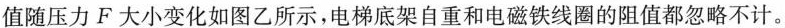
阻值随压力F大小变化如图乙所示，电梯底架自重和电磁铁线圈的阻值都忽略不计。